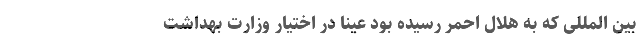
بین المللی که به هلال احمر رسیده بود عیناً در اختیار وزارت بهداشت